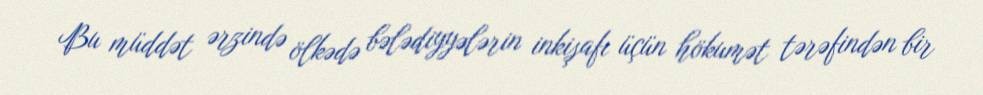
Bu müddət ərzində ölkədə bələdiyyələrin inkişafı üçün hökumət tərəfindən bir